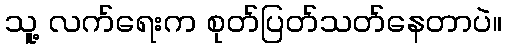
သူ့ လက်ရေးက စုတ်ပြတ်သတ်နေတာပဲ။